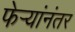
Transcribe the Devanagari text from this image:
फेर्‍यांनंतर